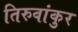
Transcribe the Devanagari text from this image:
तिरुवांकुर